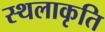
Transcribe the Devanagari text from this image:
स्‍थलाकृति